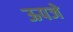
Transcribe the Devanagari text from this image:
ऊपजे